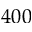
4 0 0